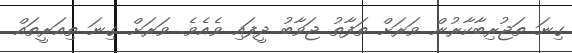
ގިނަ ތަޖުރިބާކާރުން ވަރަށް ތަފާތު ޖަވާބު ދީފައި ވެއެވެ. ވަރަށް ގިނަ ތިއަރީތައް